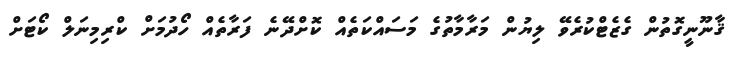
ޤާނޫނީގޮތުން ގެޒެޓްކުރެވޭ ލިޔުން މަރާމާތުގެ މަސައްކަތެއް ކޮށްދޭނެ ފަރާތެއް ހޯދުމަށް ކްރިމިނަލް ކޯޓަށް